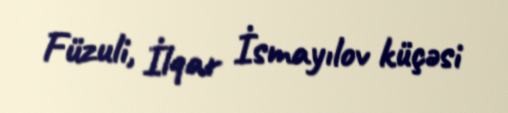
Füzuli, İlqar İsmayılov küçəsi